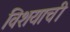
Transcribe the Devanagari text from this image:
विशयाची